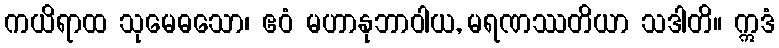
ကယိရာထ သုမေဓသော၊ ဧဝံ မဟာနုဘာဝါယ, မရဏဿတိယာ သဒါတိ။ ဣဒံ